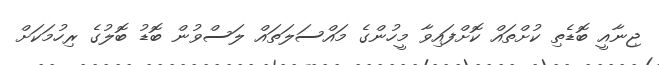
ޖިނާއީ ބޮޑެތި ކުށްތައް ކޮށްފައިވާ މީހުންގެ މައްސަލަތައް ލަސްވުން ބޮޑު ބޮލުގެ ރިހުމަކަށް